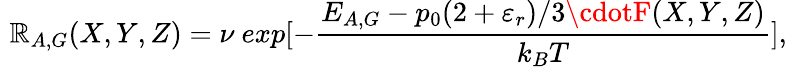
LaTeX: \, \, \mathbb{R}_{A,G}(X,Y,Z)=\nu\ exp[-\frac{{E_{A,G}-p_{0}(2+\varepsilon_{r})/3\cdotF(X,Y,Z)}}{{k_{B}T}}],